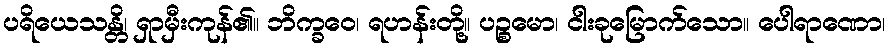
ပရိယေသန္တိ၊ ရှာမှီးကုန်၏။ ဘိက္ခဝေ၊ ရဟန်းတို့။ ပဉ္စမော၊ ငါးခုမြောက်သော။ ပေါရာဏော၊